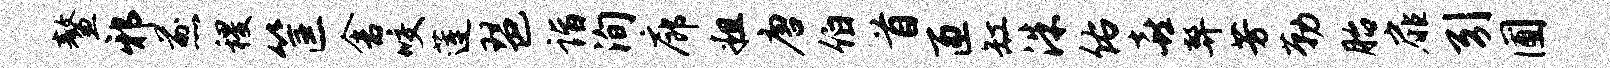
鳌邪煎稷筐舍咬莲琶诣洵廊粗唐伯首匝缸洙佑喜弊芳勒胎扉引圃